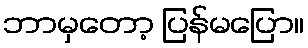
ဘာမှတော့ ပြန်မပြော။